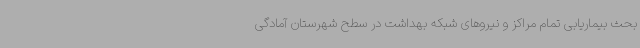
بحث بیماریابی تمام مراکز و نیروهای شبکه بهداشت در سطح شهرستان آمادگی